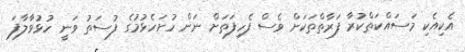
އެކިއެކި މަސައްކަތްކުރާ ފަރާތްތަކަށް ވެސް ފެހިފަތަށް ނަން ހުށަހެޅުމުގެ ފުސަތު ވަނީ ހުޅުވާލާފަ